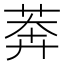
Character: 莾